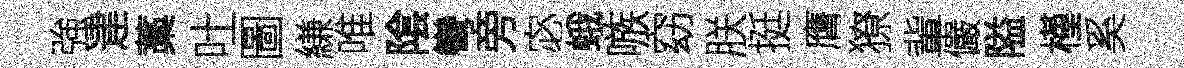
強䢖藁吐圖縑唯隂彎旁宓蛾嗾窈朕挺膺獠軰儼隘槿奚